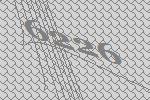
6226